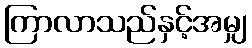
ကြာလာသည်နှင့်အမျှ